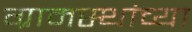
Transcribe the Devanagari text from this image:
ग्रामस्‍थांच्‍या